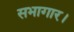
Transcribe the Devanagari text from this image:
सभागार।